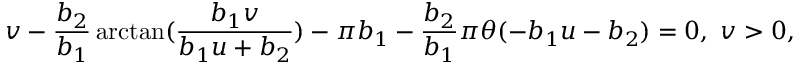
v - \frac { b _ { 2 } } { b _ { 1 } } \arctan ( \frac { b _ { 1 } v } { b _ { 1 } u + b _ { 2 } } ) - \pi b _ { 1 } - \frac { b _ { 2 } } { b _ { 1 } } \pi \theta ( - b _ { 1 } u - b _ { 2 } ) = 0 , \ v > 0 ,